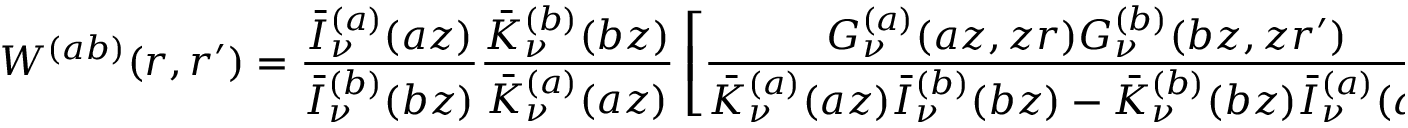
W ^ { ( a b ) } ( r , r ^ { \prime } ) = \frac { \bar { I } _ { \nu } ^ { ( a ) } ( a z ) } { \bar { I } _ { \nu } ^ { ( b ) } ( b z ) } \frac { \bar { K } _ { \nu } ^ { ( b ) } ( b z ) } { \bar { K } _ { \nu } ^ { ( a ) } ( a z ) } \left[ \frac { G _ { \nu } ^ { ( a ) } ( a z , z r ) G _ { \nu } ^ { ( b ) } ( b z , z r ^ { \prime } ) } { \bar { K } _ { \nu } ^ { ( a ) } ( a z ) \bar { I } _ { \nu } ^ { ( b ) } ( b z ) - \bar { K } _ { \nu } ^ { ( b ) } ( b z ) \bar { I } _ { \nu } ^ { ( a ) } ( a z ) } - I _ { \nu } ( z r ^ { \prime } ) K _ { \nu } ( z r ) \right] .